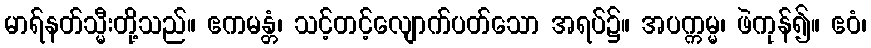
မာရ်နတ်သ္မီးတို့သည်။ ဧကမန္တံ၊ သင့်တင့်လျောက်ပတ်သော အရပ်၌။ အပက္ကမ္မ၊ ဖဲကုန်၍။ ဧဝံ၊